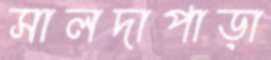
সালদাপাড়া